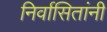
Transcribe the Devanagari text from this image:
निर्वासितांनी